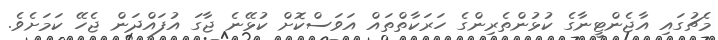
މެޗުގައި އާޖެންޓީނާގެ ކުޅުންތެރިންގެ ހަރަކާތްތައް އަވަސްކޮށް ކުޅޭނެ ޖާގަ އުފައްދަން ޖެހޭ ކަމަށެވެ.